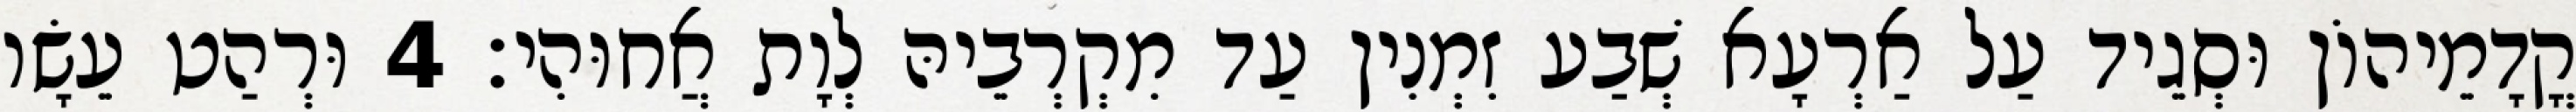
קֳדָמֵיהוֹן וּסְגֵיד עַל אַרְעָא שְׁבַע זִמְנִין עַד מִקְרְבֵיהּ לְוָת אֲחוּהִי׃ 4 וּרְהַט עֵשָׂו